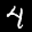
Label: 4